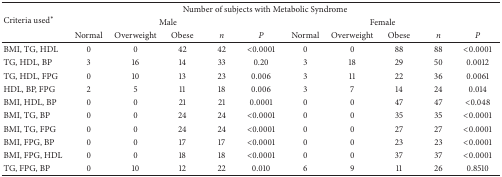
<table><thead><tr><td rowspan="3"><b>Criteria used<sup><i>∗</i></sup></b></td><td colspan="10"><b>Number of subjects with Metabolic Syndrome</b></td></tr><tr><td colspan="5"><b>Male</b></td><td colspan="5"><b>Female</b></td></tr><tr><td><b>Normal</b></td><td><b>Overweight</b></td><td><b>Obese</b></td><td><b><i>n</i></b></td><td><b><i>P</i></b></td><td><b>Normal</b></td><td><b>Overweight</b></td><td><b>Obese</b></td><td><b><i>n</i></b></td><td><b><i>P</i></b></td></tr></thead><tbody><tr><td>BMI, TG, HDL</td><td>0</td><td>0</td><td>42</td><td>42</td><td>&lt;0.0001</td><td>0</td><td>0</td><td>88</td><td>88</td><td>&lt;0.0001</td></tr><tr><td>TG, HDL, BP</td><td>3</td><td>16</td><td>14</td><td>33</td><td>0.20</td><td>3</td><td>18</td><td>29</td><td>50</td><td>0.0012</td></tr><tr><td>TG, HDL, FPG</td><td>0</td><td>10</td><td>13</td><td>23</td><td>0.006</td><td>3</td><td>11</td><td>22</td><td>36</td><td>0.0061</td></tr><tr><td>HDL, BP, FPG</td><td>2</td><td>5</td><td>11</td><td>18</td><td>0.006</td><td>3</td><td>7</td><td>14</td><td>24</td><td>0.014</td></tr><tr><td>BMI, HDL, BP</td><td>0</td><td>0</td><td>21</td><td>21</td><td>0.0001</td><td>0</td><td>0</td><td>47</td><td>47</td><td>&lt;0.048</td></tr><tr><td>BMI, TG, BP</td><td>0</td><td>0</td><td>24</td><td>24</td><td>&lt;0.0001</td><td>0</td><td>0</td><td>35</td><td>35</td><td>&lt;0.0001</td></tr><tr><td>BMI, TG, FPG</td><td>0</td><td>0</td><td>24</td><td>24</td><td>&lt;0.0001</td><td>0</td><td>0</td><td>27</td><td>27</td><td>&lt;0.0001</td></tr><tr><td>BMI, FPG, BP</td><td>0</td><td>0</td><td>17</td><td>17</td><td>&lt;0.0001</td><td>0</td><td>0</td><td>23</td><td>23</td><td>&lt;0.0001</td></tr><tr><td>BMI, FPG, HDL</td><td>0</td><td>0</td><td>18</td><td>18</td><td>&lt;0.0001</td><td>0</td><td>0</td><td>37</td><td>37</td><td>&lt;0.0001</td></tr><tr><td>TG, FPG, BP</td><td>0</td><td>10</td><td>12</td><td>22</td><td>0.010</td><td>6</td><td>9</td><td>11</td><td>26</td><td>0.8510</td></tr></tbody></table>